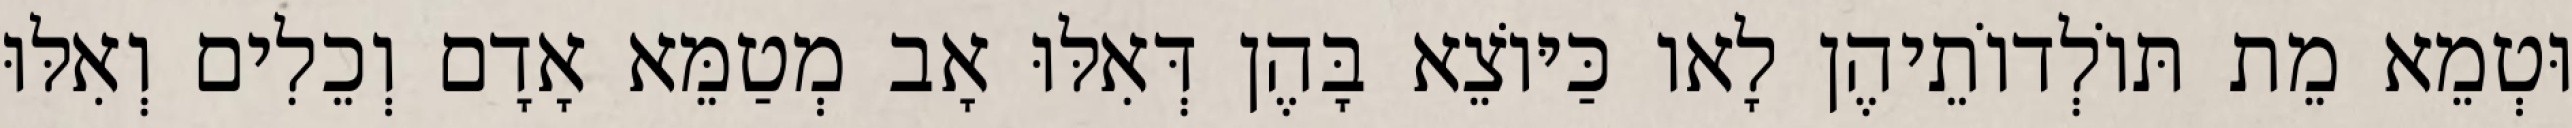
וּטְמֵא מֵת תּוֹלְדוֹתֵיהֶן לָאו כַּיּוֹצֵא בָּהֶן דְּאִלּוּ אָב מְטַמֵּא אָדָם וְכֵלִים וְאִלּוּ